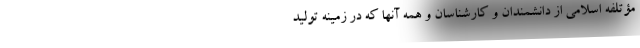
مؤتلفه اسلامی از دانشمندان و کارشناسان و همه آنها که در زمینه تولید